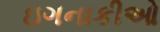
ઇગનાકીઓ